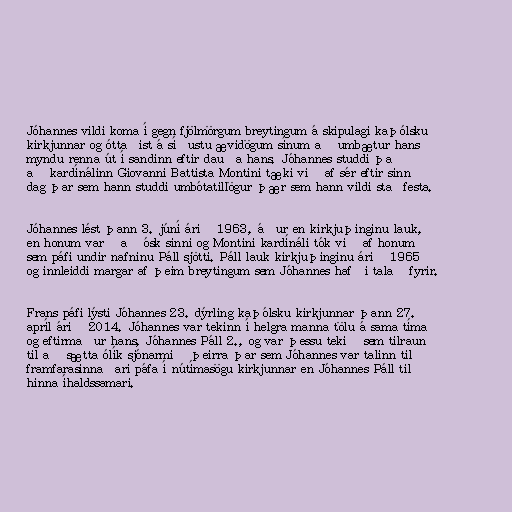
Jóhannes vildi koma í gegn fjölmörgum breytingum á skipulagi kaþólsku
kirkjunnar og óttaðist á síðustu ævidögum sínum að umbætur hans
myndu renna út í sandinn eftir dauða hans. Jóhannes studdi það
að kardínálinn Giovanni Battista Montini tæki við af sér eftir sinn
dag þar sem hann studdi umbótatillögur þær sem hann vildi staðfesta.

Jóhannes lést þann 3. júní árið 1963, áður en kirkjuþinginu lauk,
en honum varð að ósk sinni og Montini kardínáli tók við af honum
sem páfi undir nafninu Páll sjötti. Páll lauk kirkjuþinginu árið 1965
og innleiddi margar af þeim breytingum sem Jóhannes hafði talað fyrir.

Frans páfi lýsti Jóhannes 23. dýrling kaþólsku kirkjunnar þann 27.
apríl árið 2014. Jóhannes var tekinn í helgra manna tölu á sama tíma
og eftirmaður hans, Jóhannes Páll 2., og var þessu tekið sem tilraun
til að sætta ólík sjónarmið þeirra þar sem Jóhannes var talinn til
framfarasinnaðari páfa í nútímasögu kirkjunnar en Jóhannes Páll til
hinna íhaldssamari.